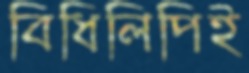
বিধিলিপিই